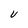
Character: U